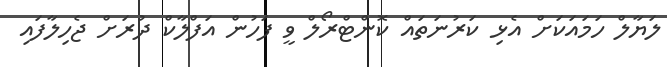
ލަޔާލް ހަމައަކަށް އެޅި ކަރުނަތައް ކޮންޓްރޯލް ވީ ފަހުން އަފްލާކް ދުރަށް ޖެހިލާފައި